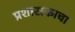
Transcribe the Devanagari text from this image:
प्रशासकाचा